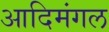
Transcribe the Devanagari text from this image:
आदिमंगल